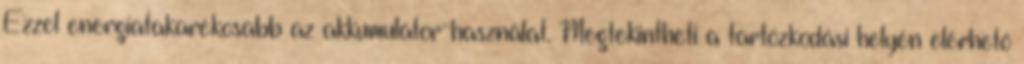
Ezzel energiatakarékosabb az akkumulátor-használat. Megtekintheti a tartózkodási helyén elérhető